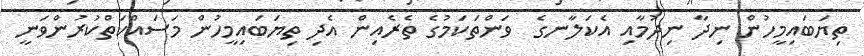
ތިޔަބައިމީހުން ނިދާ ނިދުމާއި އެކަލާނގެ  ވަންތަކަމުގެ ތެރެއިން އެދި ތިޔަބައިމީހުން މަސައްކަތްކުރުންވަނީ